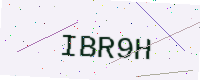
Text: IBR9H